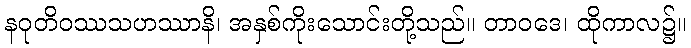
နဝုတိဝဿသဟဿာနိ၊ အနှစ်ကိုးသောင်းတို့သည်။ တာဝဒေ၊ ထိုကာလ၌။